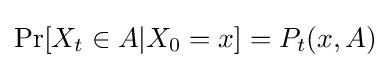
\Pr[X_{t}\in A|X_{0}=x]=P_{t}(x,A)